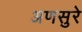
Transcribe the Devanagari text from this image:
अणसुरे